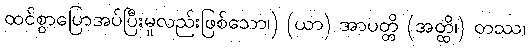
ထင်စွာပြောအပ်ပြီးမူလည်းဖြစ်သော၊) (ယာ) အာပတ္တိ (အတ္ထိ၊) တဿ၊